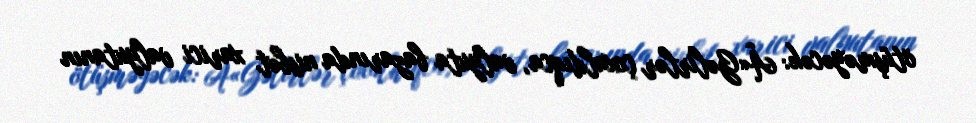
ötüşməyəcək: Â«Gəlirlər çoxaldıqca, valyuta bazarında nisbət xarici valyutanın